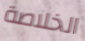
الخلاصة